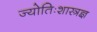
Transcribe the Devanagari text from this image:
ज्योतिःशास्त्रज्ञ